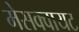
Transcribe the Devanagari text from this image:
मेसक्वायट